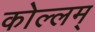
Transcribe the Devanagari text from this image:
कोल्लम्‌